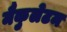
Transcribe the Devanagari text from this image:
मैकुलेटम